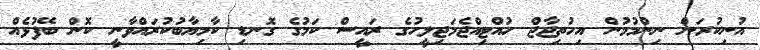
އުނިކުރަން ނިންމުމުން އިހުތިޖާޖް ހުއްޓިއްޖެމަޖިލީހުގެ ރައީސް ކަމުގެ ގޮނޑި ކާމިޔާބުކުރައްވާނީ ކޮން ބޭފުޅެއް